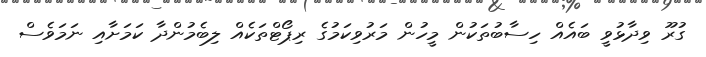
ގުރޫ ވިދާޅުވީ ބައެއް ހިސާބުތަކުން މީހުން މަރުވިކަމުގެ ރިޕޯޓްތަކެއް ލިބެމުންދާ ކަމަށާއި ނަމަވެސް